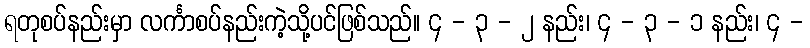
ရတုစပ်နည်းမှာ လင်္ကာစပ်နည်းကဲ့သို့ပင်ဖြစ်သည်။ ၄ - ၃ - ၂ နည်း၊ ၄ - ၃ - ၁ နည်း၊ ၄ -